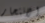
الانتحار